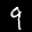
Label: 9